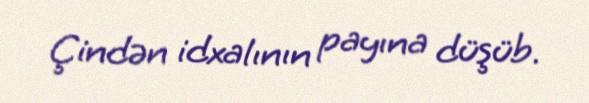
Çindən idxalının payına düşüb.